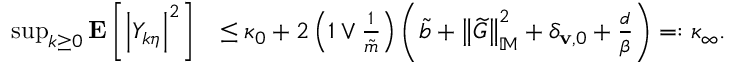
\begin{array} { r l } { \operatorname* { s u p } _ { k \ge 0 } \mathbf { E } \left[ \left| Y _ { k \eta } \right| ^ { 2 } \right] } & { \le \kappa _ { 0 } + 2 \left( 1 \vee \frac { 1 } { \Tilde { m } } \right) \left( \Tilde { b } + \left\| \widetilde { G } \right\| _ { \mathbb { M } } ^ { 2 } + \delta _ { \mathbf { v } , 0 } + \frac { d } { \beta } \right) = : \kappa _ { \infty } . } \end{array}